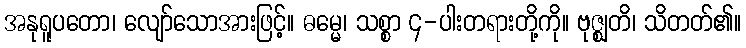
အနုရူပတော၊ လျော်သောအားဖြင့်။ ဓမ္မေ၊ သစ္စာ ၄-ပါးတရားတို့ကို။ ဗုဇ္ဈတိ၊ သိတတ်၏။